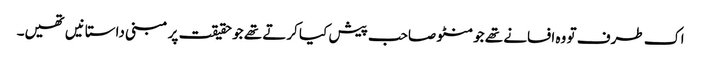
اک طرف تو وہ افسانے تھے جو منٹو صاحب پیش کیا کرتے تھے جو حقیقت پر مبنی داستانیں تھیں۔